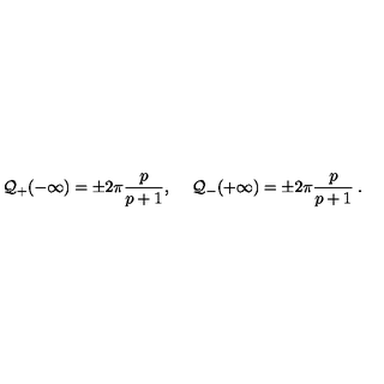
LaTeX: { \cal Q } _ { + } ( - \infty ) = \pm 2 \pi \frac { p } { p + 1 } , \quad \: { \cal Q } _ { - } ( + \infty ) = \pm 2 \pi \frac { p } { p + 1 } \: .